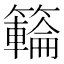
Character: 𥶡